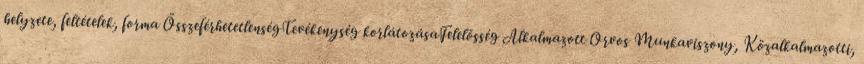
helyzete, feltételek, forma ÖsszeférhetetlenségTevékenység korlátozásaFelelősség Alkalmazott Orvos Munkaviszony, Közalkalmazotti,